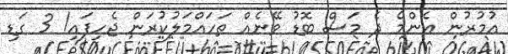
އުމުރުން އެންމެ ދެ މަސް ބޮޑު ވޭނެއް ތަހައްމަލުކުރަން ޖެހިފައި! 3 ގަޑި